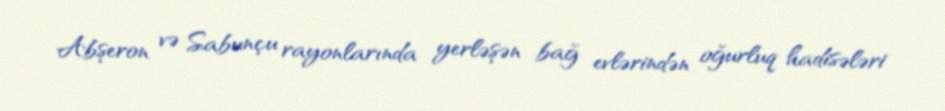
Abşeron və Sabunçu rayonlarında yerləşən bağ evlərindən oğurluq hadisələri